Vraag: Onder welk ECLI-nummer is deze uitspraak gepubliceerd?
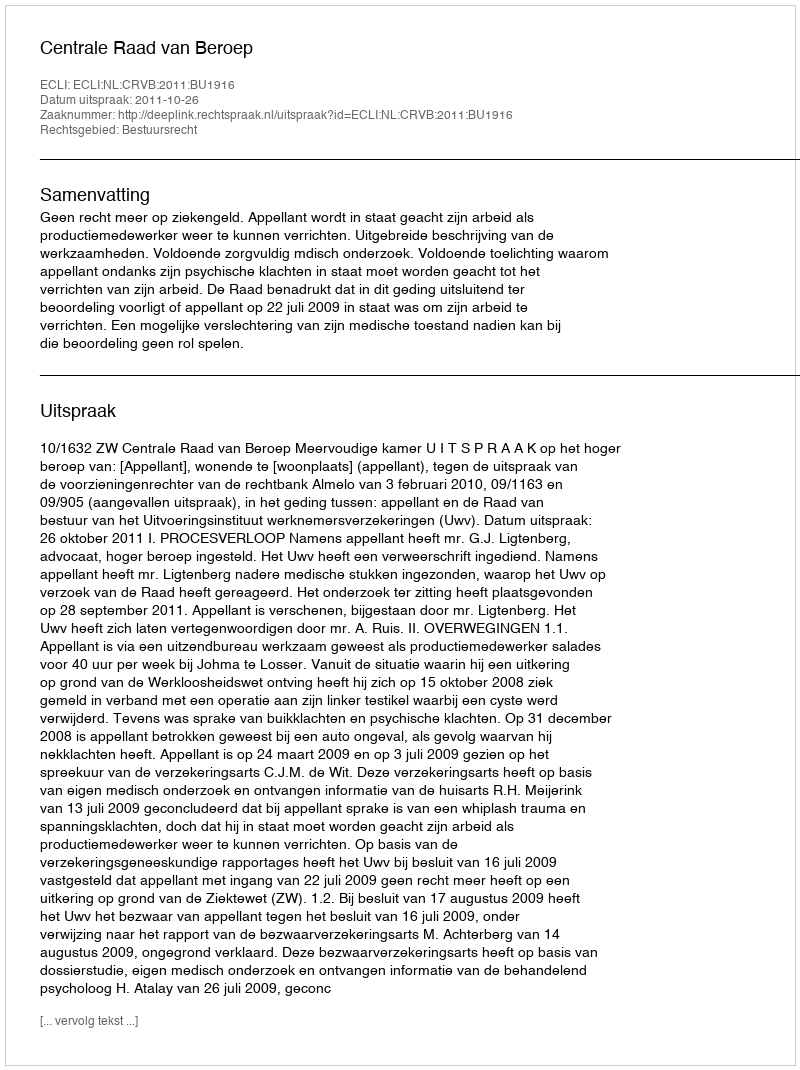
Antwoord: ECLI:NL:CRVB:2011:BU1916